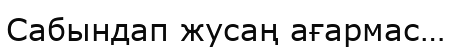
Сабындап жусаң ағармас…